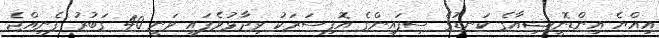
އިއްޔެ އިންޑޮނީޝިއާގެ ކަނޑުގެ ސިފައިންގެ އޮފިސަރަކު ވިދާޅުވެފައި ވަނީ 40 ގަބުރު ފެނިއްޖެ